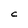
Character: C